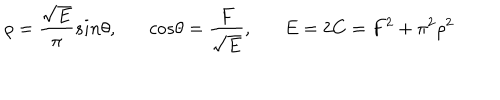
\rho = \frac { \sqrt E } { \pi } s i n \theta , c o s \theta = \frac { F } { \sqrt E } , E = 2 C = F ^ { 2 } + \pi ^ { 2 } \rho ^ { 2 }